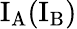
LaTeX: \mathrm{I_{A}(I_{B})}